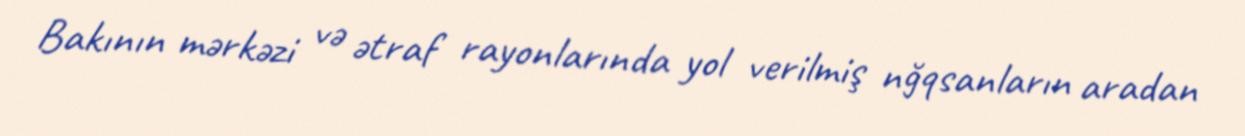
Bakının mərkəzi və ətraf rayonlarında yol verilmiş nğqsanların aradan